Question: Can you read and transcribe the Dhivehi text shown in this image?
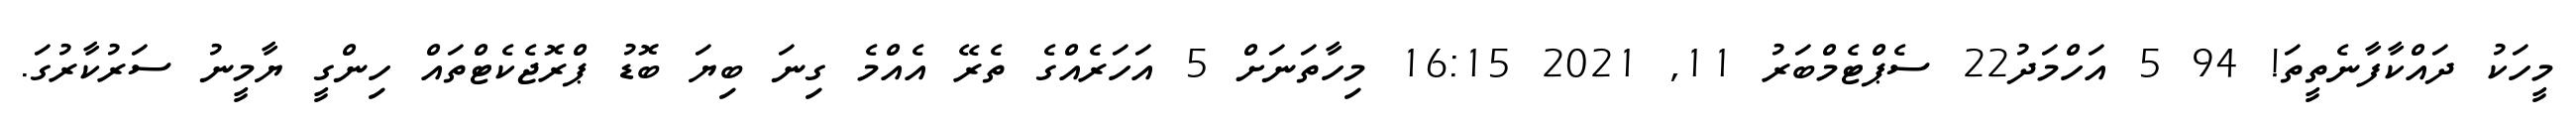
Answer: މީހަކު ދައްކާފާނެތީތަ! 94 5 އަހްމަދު22 ސެޕްޓެމްބަރު 11, 2021 16:15 މިހާތަނަށް 5 އަހަރެއްގެ ތެރޭ އެއްމެ ގިނަ ބިޔަ ބޮޑު ޕްރޮޖެކެޓްތައް ހިންގީ ޔާމީނު ސަރުކާރުގަ.